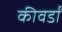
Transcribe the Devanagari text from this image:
कीवर्डों